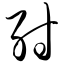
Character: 纣